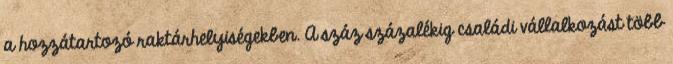
a hozzátartozó raktárhelyiségekben. A száz százalékig családi vállalkozást több